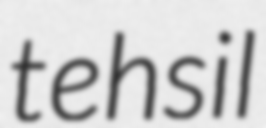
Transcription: tehsil